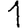
Digit: 1